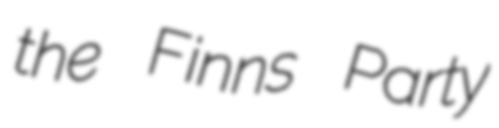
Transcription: the Finns Party